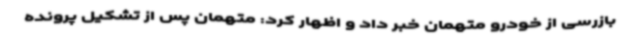
بازرسی از خودرو متهمان خبر داد و اظهار کرد: متهمان پس از تشکیل پرونده